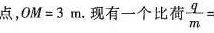
点，$$O M = 3$$m.现有一个比荷$$\frac{q}{m}/ =$$